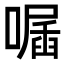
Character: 𠽣